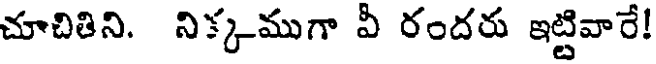
చూచితిని. నిక్కముగా వీ రందరు ఇట్టివారే!